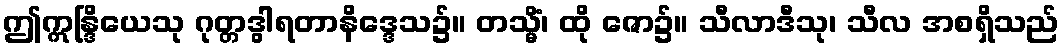
ဤဣန္ဒြိယေသု ဂုတ္တဒွါရတာနိဒ္ဒေသ၌။ တသ္မိံ၊ ထို ဇော၌။ သီလာဒီသု၊ သီလ အစရှိသည်